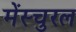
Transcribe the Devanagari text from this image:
मेंस्चुरल